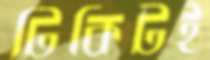
টিকিটই